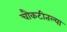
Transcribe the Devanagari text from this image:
चौकटीतल्या